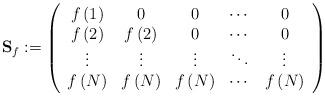
LaTeX: \begin{align*}\mathbf{S}_{f}:=\left(\begin{array}{ccccc}f\left(1\right) & 0 & 0 & \cdots & 0\\f\left(2\right) & f\left(2\right) & 0 & \cdots & 0\\\vdots & \vdots & \vdots & \ddots & \vdots\\f\left(N\right) & f\left(N\right) & f\left(N\right) & \cdots & f\left(N\right)\end{array}\right)\end{align*}